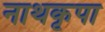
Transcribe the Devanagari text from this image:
नाथकृपा